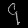
Digit: ၄